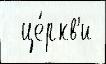
  це́ркв'и